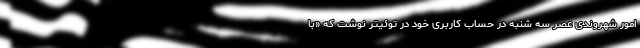
امور شهروندی عصر سه شنبه در حساب کاربری خود در توئیتر نوشت که «با